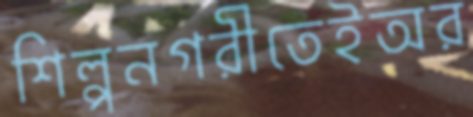
শিল্পনগরীতেইঅর